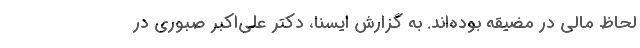
لحاظ مالی در مضیقه بوده‌اند. به گزارش ایسنا، دکتر علی‌اکبر صبوری در